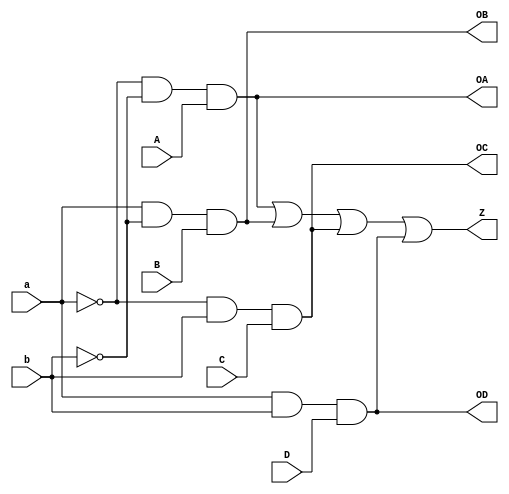
`timescale 1ns / 1ps

module mux (a, b, A, B, C, D, OA, OB, OC, OD, Z);
    input a, b, A, B, C, D;
    output OA, OB, OC, OD, Z;

    assign OA = (~a)&(~b)&A;
    assign OB = a&(~b)&B;
    assign OC = (~a)&b&C;
    assign OD = a&b&D;
    assign Z = OA|OB|OC|OD;
    
endmodule